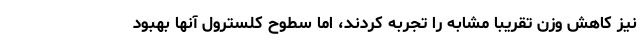
نیز کاهش وزن تقریبا مشابه را تجربه کردند، اما سطوح کلسترول آنها بهبود